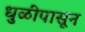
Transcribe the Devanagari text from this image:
धुळीपासून